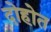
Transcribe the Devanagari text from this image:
दोहोत